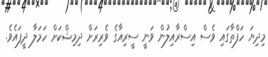
މިދިޔަ ހަފްތާގައި ވެސް އިސްރާއިލުން ވަނީ ސީރިއާގެ ވެރިރަށް ދިމިޝްކަށް ހަމަލާ ދީފައެވެ.